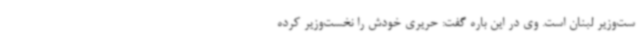
ست‌وزیر لبنان است. وی در این باره گفت: حریری خودش را نخست‌وزیر کرده